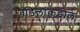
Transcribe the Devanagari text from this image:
वडिलांकडील